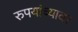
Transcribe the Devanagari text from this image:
रुपयांच्यावर